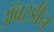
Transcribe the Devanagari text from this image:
अॅबरडीन